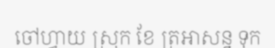
ចៅហ្វាយ ស្រុក ខែ ត្រអាសន្ន ទុក